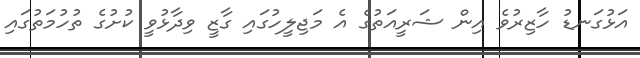
އަޅުގަނޑު ހާޒިރުވެ އިން ޝަރީއަތުގެ އެ މަޖިލީހުގައި ގާޒީ ވިދާޅުވީ ކުށުގެ ތުހުމަތުގައި